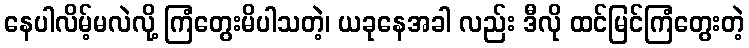
နေပါလိမ့်မလဲလို့ ကြံတွေးမိပါသတဲ့၊ ယခုနေအခါ လည်း ဒီလို ထင်မြင်ကြံတွေးတဲ့